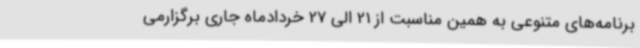
برنامه‌های متنوعی به همین مناسبت از 21 الی 27 خردادماه جاری برگزارمی